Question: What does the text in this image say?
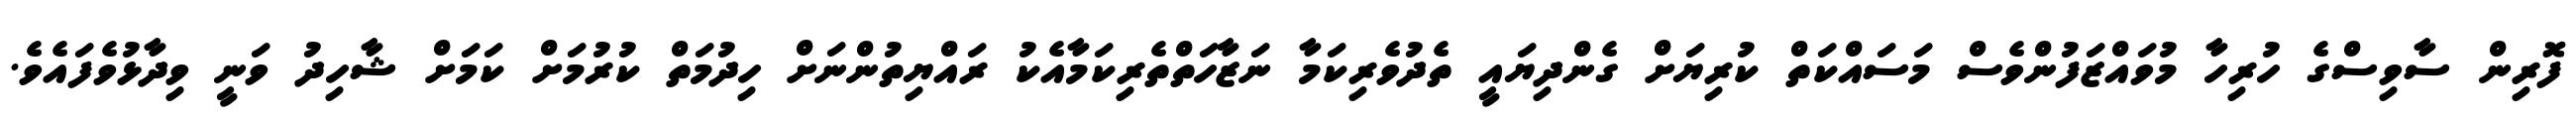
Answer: ފޮރިން ސާވިސްގެ ހުރިހާ މުވައްޒަފުންވެސް މަސައްކަތް ކުރިޔަށް ގެންދިޔައީ ތެދުވެރިކަމާ ނަޒާހަތްތެރިކަމާއެކު ރައްޔިތުންނަށް ހިދުމަތް ކުރުމަށް ކަމަށް ޝާހިދު ވަނީ ވިދާޅުވެފައެވެ.